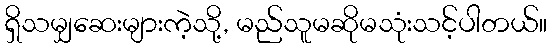
ရှိသမျှဆေးများကဲ့သို့, မည်သူမဆိုမသုံးသင့်ပါတယ်။